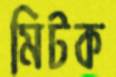
মিটক